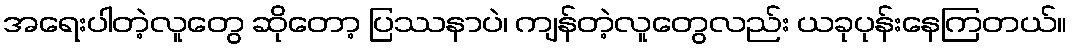
အရေးပါတဲ့လူတွေ ဆိုတော့ ပြဿနာပဲ၊ ကျန်တဲ့လူတွေလည်း ယခုပုန်းနေကြတယ်။